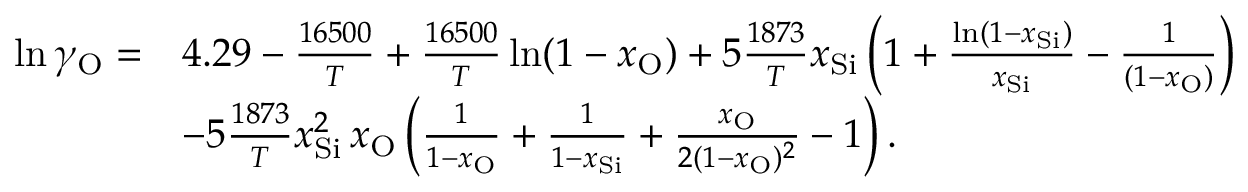
\begin{array} { r l } { \ln \gamma _ { \mathrm { O } } = } & { 4 . 2 9 - \frac { 1 6 5 0 0 } { T } + \frac { 1 6 5 0 0 } { T } \ln ( 1 - x _ { \mathrm { O } } ) + 5 \frac { 1 8 7 3 } { T } x _ { \mathrm { S i } } \left( 1 + \frac { \ln ( 1 - x _ { \mathrm { S i } } ) } { x _ { \mathrm { S i } } } - \frac { 1 } { ( 1 - x _ { \mathrm { O } } ) } \right) } \\ & { - 5 \frac { 1 8 7 3 } { T } x _ { \mathrm { S i } } ^ { 2 } \, x _ { \mathrm { O } } \left( \frac { 1 } { 1 - x _ { \mathrm { O } } } + \frac { 1 } { 1 - x _ { \mathrm { S i } } } + \frac { x _ { \mathrm { O } } } { 2 ( 1 - x _ { \mathrm { O } } ) ^ { 2 } } - 1 \right) . } \end{array}